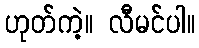
ဟုတ်ကဲ့။ လီမင်ပါ။